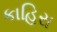
કાહિરા